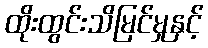
ထိုးထွင်းသိမြင်မှုနှင့်